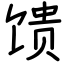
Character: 馈